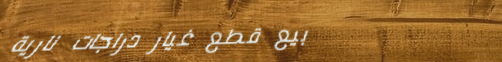
بيع قطع غيار دراجات نارية